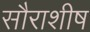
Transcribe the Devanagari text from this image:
सौराशीष